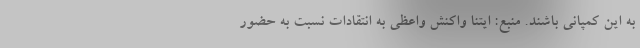
به این کمپانی باشند. منبع: ایتنا واکنش واعظی به انتقادات نسبت به حضور